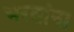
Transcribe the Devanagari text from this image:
भरतांना